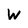
Character: W